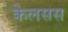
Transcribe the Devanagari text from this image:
केलसस